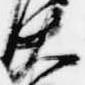
大